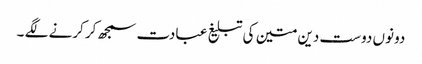
دونوں دوست دین متین کی تبلیغ عبادت سمجھ کر کرنے لگے ۔